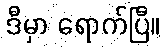
ဒီမှာ ရောက်ပြီ။